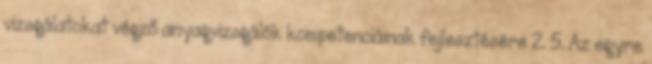
vizsgálatokat végző anyagvizsgálók kompetenciáinak fejlesztésére 2. 5. Az egyre